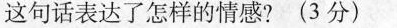
这句话表达了怎样的情感? ( 3 分 )